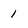
Character: 1